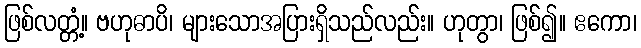
ဖြစ်လတ္တံ့။ ဗဟုဓာပိ၊ များသောအပြားရှိသည်လည်း။ ဟုတွာ၊ ဖြစ်၍။ ဧကော၊